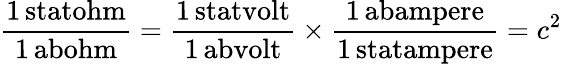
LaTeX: \mathrm{\frac{1\, statohm}{1\, abohm}}=\mathrm{\frac{1\, statvolt}{1\, abvolt}}\times\mathrm{\frac{1\, abampere}{1\, statampere}}=c^{2}